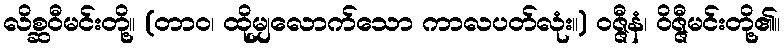
လိစ္ဆဝီမင်းတို့။ (တာဝ၊ ထိုမျှလောက်သော ကာလပတ်လုံး။) ဝဇ္ဇီနံ၊ ဝိဇ္ဇီမင်းတို့၏။